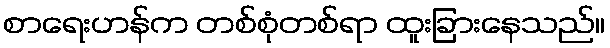
စာရေးဟန်က တစ်စုံတစ်ရာ ထူးခြားနေသည်။